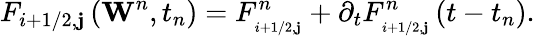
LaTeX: {{F}_{i+1/2,\mathbf{j}}}\left({{\mathbf{{W}}}^{n}},{{t}_{n}}\right)=F_{_{i+1/2,\mathbf{j}}}^{n}+{{\partial}_{t}}F_{_{i+1/2,\mathbf{j}}}^{n}\left(t-{{t}_{n}}\right).